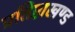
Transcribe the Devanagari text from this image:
प्रतिष्ठाखण्ड